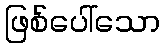
ဖြစ်ပေါ်သော